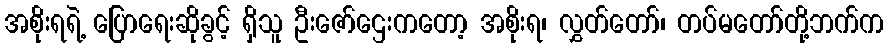
အစိုးရရဲ့ ပြောရေးဆိုခွင့် ရှိသူ ဦးဇော်ဌေးကတော့ အစိုးရ၊ လွှတ်တော်၊ တပ်မတော်တို့ဘက်က